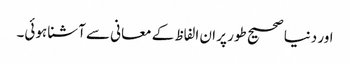
اور دنیا صحیح طور پر ان الفاظ کے معانی سے آشنا ہوئی۔